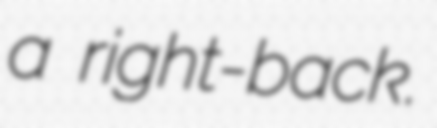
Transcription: a right-back.